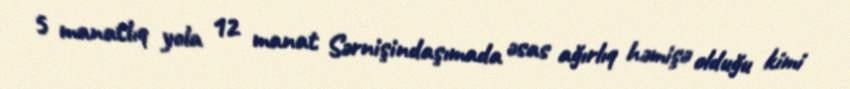
5 manatlıq yola 12 manat Sərnişindaşımada əsas ağırlıq həmişə olduğu kimi